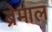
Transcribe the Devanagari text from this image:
ब्रेमाल